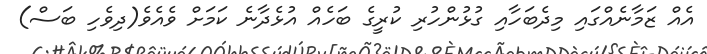
އެއް ޒަމާނެއްގައި މިދެބަހާއި ގުޅުންހުރި ކުރީގެ ބަހެއް އުޅެދާނެ ކަމަށް ވެއެވެ(ދިވެހި ބަސް)